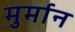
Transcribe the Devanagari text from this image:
मुर्मान